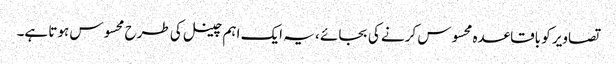
تصاویر کو باقاعدہ محسوس کرنے کی بجائے ، یہ ایک اہم چینل کی طرح محسوس ہوتا ہے۔